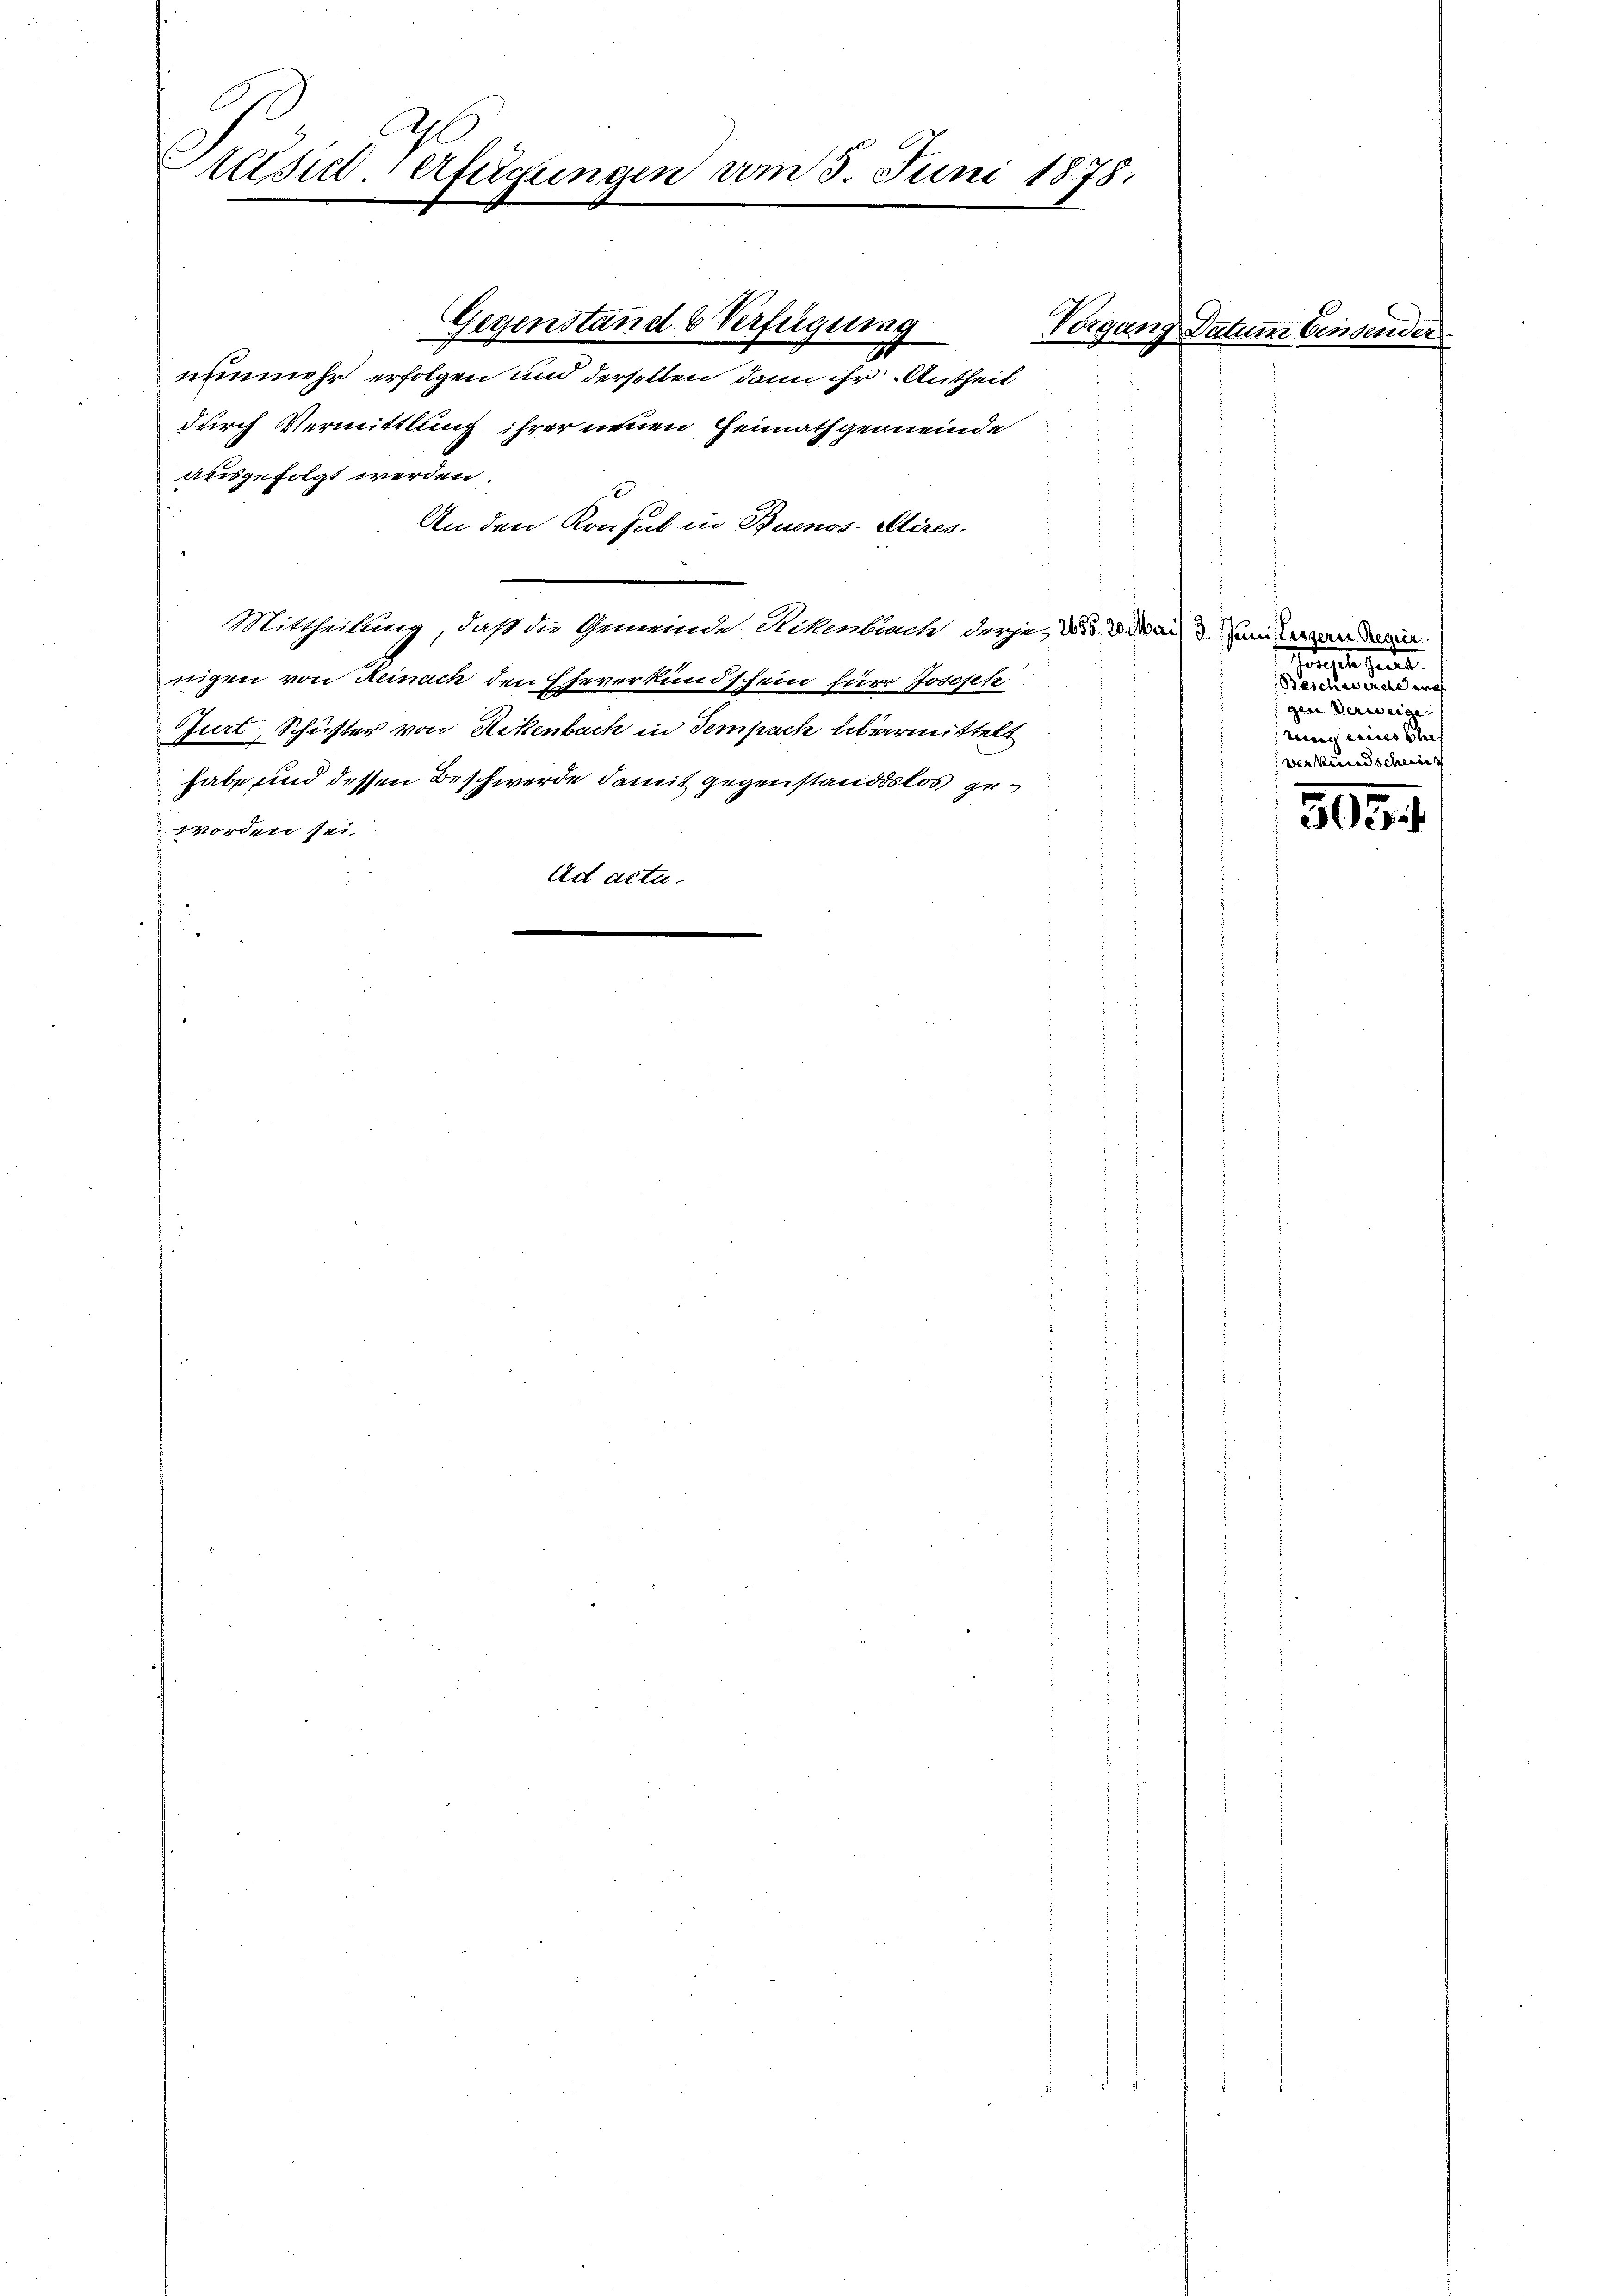
äsie-Verfügungen am 3. Juni 1878.

nunmehr erfolgen und derselben dann ihr Antheil
durch Vermittlung ihrer neuen Heimathgemeinde
ausgefolgt werden.
An den Konsul in Buenos Aires.
Mittheilung, daß die Gemeinde Rikenbruch derje, 25. d. Mais 3. Damit erren dami
nigen von Reinach den Eheverkundschein für Joseph
Jurt, Schuster von Rikenbach in Tempach übermittelt
habe und dessen Beschwerde damit gegenstandslos geworden sei.
Ad acta.

Gegenstand b Verfügung

Vorgang Datum Einsern

eben eine
gen Verweige
rung eines Schaf
verkündscheinis

509